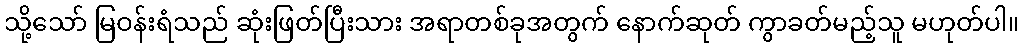
သို့သော် မြဝန်းရံသည် ဆုံးဖြတ်ပြီးသား အရာတစ်ခုအတွက် နောက်ဆုတ် ကွာခတ်မည့်သူ မဟုတ်ပါ။